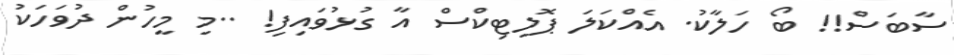
ސާބަސް!! ބޯ ހަލާކު. އެއްކަލަ ޕޮލިޓިކްސް އާ ގުޅުވައިފި! ..މި މީހުން ދުވަހަކު